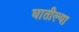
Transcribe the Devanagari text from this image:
घातील्या